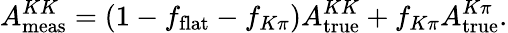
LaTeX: A_{\mathrm{meas}}^{KK}=(1-f_{\mathrm{flat}}-f_{K\pi})A_{\mathrm{true}}^{KK}+f_{K\pi}A_{\mathrm{true}}^{K\pi}.